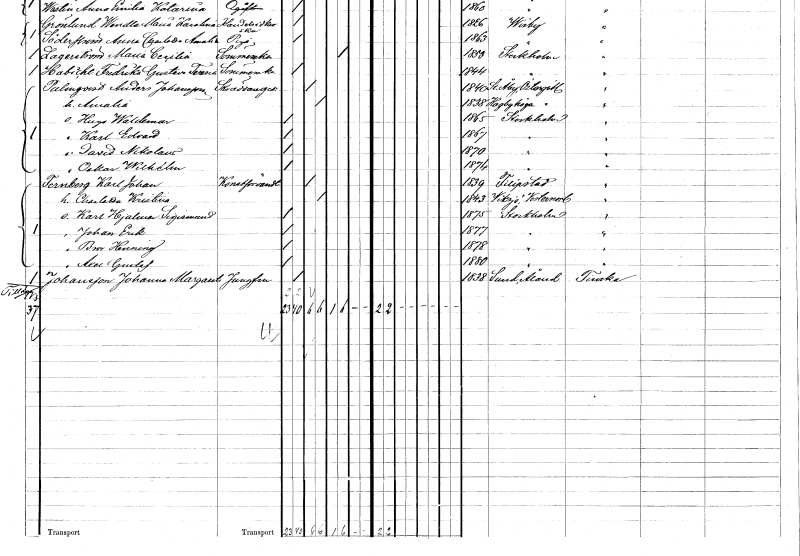
gt_parse: households: individuals: FN: Karl Edvard
KON: M
CIV: O
FODAR: 1867
FODFORS: Stockholm
FN: David Nikolaus
KON: M
CIV: O
FODAR: 1870
FODFORS: Stockholm
FN: Oskar Wilhelm
KON: M
CIV: O
FODAR: 1874
FODFORS: Stockholm
FN: Karl Johan
EN: Fernberg
YRKE: Konstförvandt
KON: M
CIV: G
FODAR: 1839
FODFORS: Filipstad Värmlands län
FN: Charlotta Kristina
KON: K
CIV: G
FODAR: 1843
FODFORS: Viksjö Västernorrlands län
FN: Karl Hjalmar Sigismund
KON: M
CIV: O
FODAR: 1875
FODFORS: Stockholm
FN: Johan Erik
KON: M
CIV: O
FODAR: 1877
FODFORS: Stockholm
FN: Bror Henning
KON: M
CIV: O
FODAR: 1878
FODFORS: Stockholm
FN: Axel Gustaf
KON: M
CIV: O
FODAR: 1880
FODFORS: Stockholm
FN: Johanna Margareta
EN: Johansson
YRKE: Jungfru
KON: K
CIV: O
FODAR: 1838